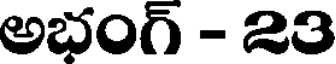
అభంగ్ - 23